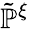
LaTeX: \tilde{\mathbb{P}}^{\xi}